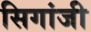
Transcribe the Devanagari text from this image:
सिगांजी